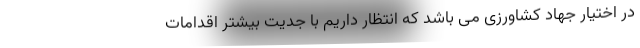
در اختیار جهاد کشاورزی می باشد که انتظار داریم با جدیت بیشتر اقدامات